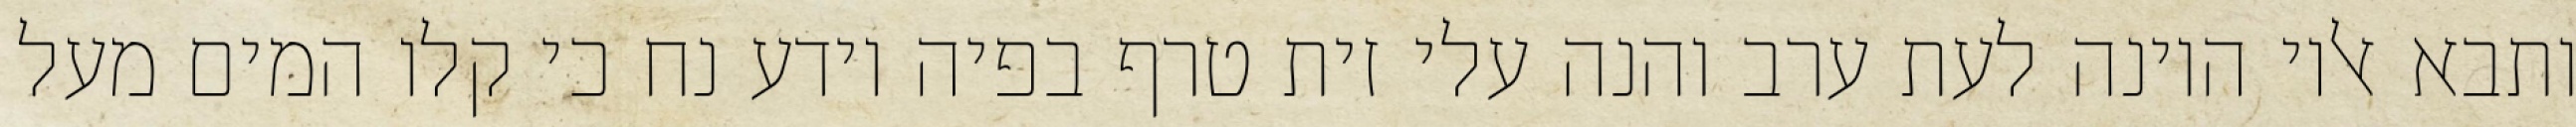
ותבא אליו היונה לעת ערב והנה עלי זית טרף בפיה וידע נח כי קלו המים מעל